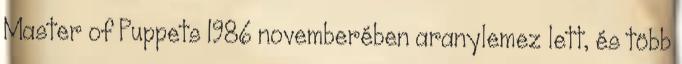
Master of Puppets 1986 novemberében aranylemez lett, és több